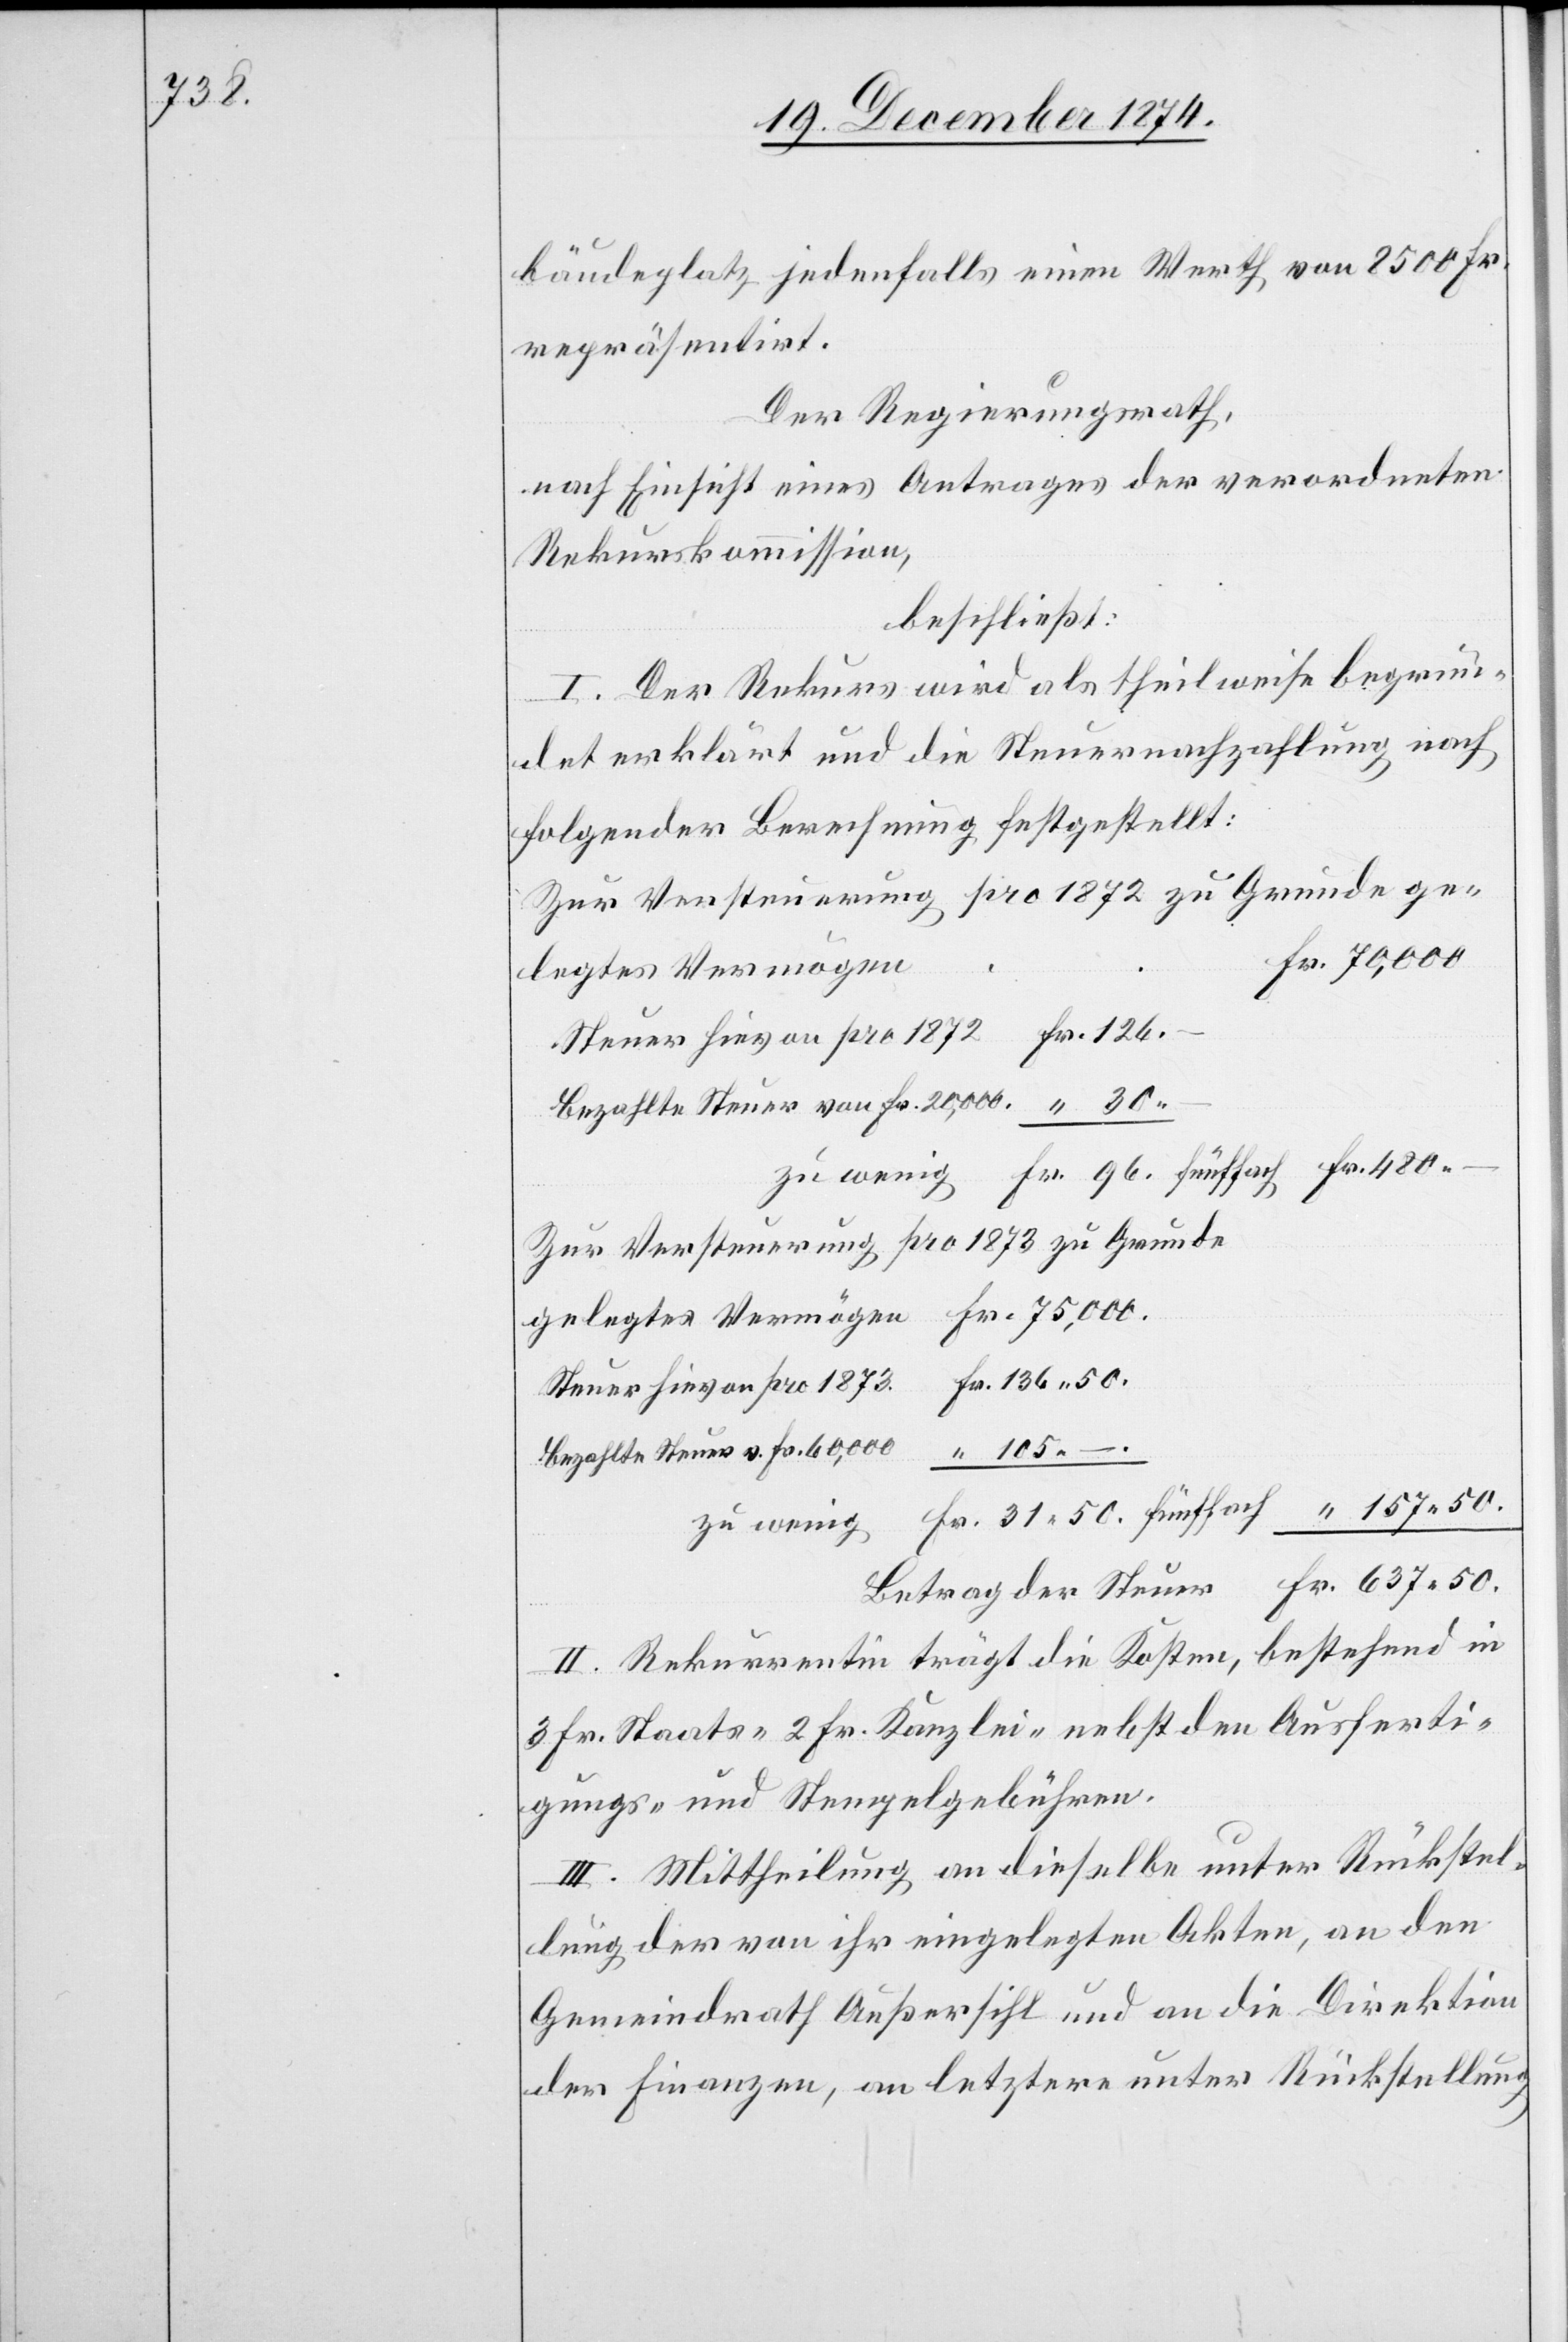
bäudeplatz jedenfalls einen Werth von 8500 Fr.
repräsentirt.
Der Regierungsrath,
nach Einsicht eines Antrages der verordneten
Rekurskommission,
beschließt:
I. Der Rekurs wird als theilweise begrün¬
det erklärt und die Steuernachzahlung nach
folgender Berechnung festgestellt:
Zur Versteuerung pro 1872 zu Grunde ge¬
legtes Vermögen
Steuer hievon pro 1873
Bezahlte Steuer von Fr. 20,000.
Zur Versteuerung pro 1873 zu Grunde
Bezahlte Steuer v. Fr. 60,000
Fr.
Zu wenig
II. Rekurrentin trägt die Kosten, bestehend in
3 Fr. Staats-[,] 2 Fr. Kanzlei- nebst den Ausferti¬
gungs- und Stempelgebühren.
III. Mittheilung an dieselbe unter Rückstel¬
lung der von ihr eingelegten Akten, an den
Gemeindrath Außersihl und an die Direktion
der Finanzen, an letztere unter Rückstellung